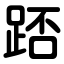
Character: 踎